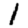
Digit: 1